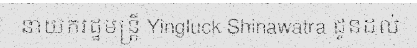
នាយករដ្ឋមន្ត្រី Yingluck Shinawatra ជូនដល់